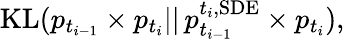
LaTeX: \begin{array}{r}{\mathrm{KL}(p_{t_{i-1}}\times p_{t_{i}}||\, p_{t_{i-1}}^{t_{i},\mathrm{SDE}}\times p_{t_{i}}),}\end{array}